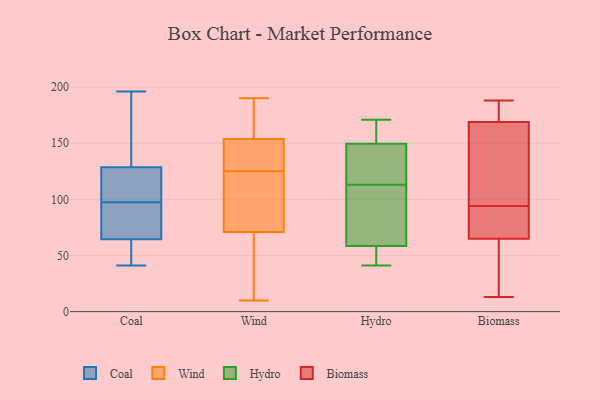
{"axis": {"x": "Population (Million)", "y": "Value"}, "legend": ["Biomass", "Coal", "Hydro", "Wind"], "data": [{"x": "", "y": 136, "type": "Coal"}, {"x": "", "y": 196, "type": "Coal"}, {"x": "", "y": 41, "type": "Coal"}, {"x": "", "y": 80, "type": "Coal"}, {"x": "", "y": 69, "type": "Coal"}, {"x": "", "y": 138, "type": "Coal"}, {"x": "", "y": 51, "type": "Coal"}, {"x": "", "y": 50, "type": "Coal"}, {"x": "", "y": 102, "type": "Coal"}, {"x": "", "y": 73, "type": "Coal"}, {"x": "", "y": 121, "type": "Coal"}, {"x": "", "y": 93, "type": "Coal"}, {"x": "", "y": 114, "type": "Coal"}, {"x": "", "y": 182, "type": "Coal"}, {"x": "", "y": 118, "type": "Coal"}, {"x": "", "y": 60, "type": "Coal"}, {"x": "", "y": 159, "type": "Wind"}, {"x": "", "y": 138, "type": "Wind"}, {"x": "", "y": 100, "type": "Wind"}, {"x": "", "y": 10, "type": "Wind"}, {"x": "", "y": 58, "type": "Wind"}, {"x": "", "y": 152, "type": "Wind"}, {"x": "", "y": 103, "type": "Wind"}, {"x": "", "y": 20, "type": "Wind"}, {"x": "", "y": 125, "type": "Wind"}, {"x": "", "y": 190, "type": "Wind"}, {"x": "", "y": 72, "type": "Wind"}, {"x": "", "y": 118, "type": "Wind"}, {"x": "", "y": 143, "type": "Wind"}, {"x": "", "y": 68, "type": "Wind"}, {"x": "", "y": 172, "type": "Wind"}, {"x": "", "y": 138, "type": "Wind"}, {"x": "", "y": 168, "type": "Wind"}, {"x": "", "y": 68, "type": "Hydro"}, {"x": "", "y": 130, "type": "Hydro"}, {"x": "", "y": 170, "type": "Hydro"}, {"x": "", "y": 51, "type": "Hydro"}, {"x": "", "y": 168, "type": "Hydro"}, {"x": "", "y": 171, "type": "Hydro"}, {"x": "", "y": 58, "type": "Hydro"}, {"x": "", "y": 143, "type": "Hydro"}, {"x": "", "y": 59, "type": "Hydro"}, {"x": "", "y": 136, "type": "Hydro"}, {"x": "", "y": 132, "type": "Hydro"}, {"x": "", "y": 41, "type": "Hydro"}, {"x": "", "y": 96, "type": "Hydro"}, {"x": "", "y": 71, "type": "Hydro"}, {"x": "", "y": 156, "type": "Hydro"}, {"x": "", "y": 57, "type": "Hydro"}, {"x": "", "y": 188, "type": "Biomass"}, {"x": "", "y": 91, "type": "Biomass"}, {"x": "", "y": 183, "type": "Biomass"}, {"x": "", "y": 35, "type": "Biomass"}, {"x": "", "y": 184, "type": "Biomass"}, {"x": "", "y": 138, "type": "Biomass"}, {"x": "", "y": 30, "type": "Biomass"}, {"x": "", "y": 81, "type": "Biomass"}, {"x": "", "y": 77, "type": "Biomass"}, {"x": "", "y": 65, "type": "Biomass"}, {"x": "", "y": 172, "type": "Biomass"}, {"x": "", "y": 166, "type": "Biomass"}, {"x": "", "y": 119, "type": "Biomass"}, {"x": "", "y": 13, "type": "Biomass"}, {"x": "", "y": 188, "type": "Biomass"}, {"x": "", "y": 27, "type": "Biomass"}, {"x": "", "y": 97, "type": "Biomass"}, {"x": "", "y": 65, "type": "Biomass"}, {"x": "", "y": 97, "type": "Biomass"}, {"x": "", "y": 65, "type": "Biomass"}]}